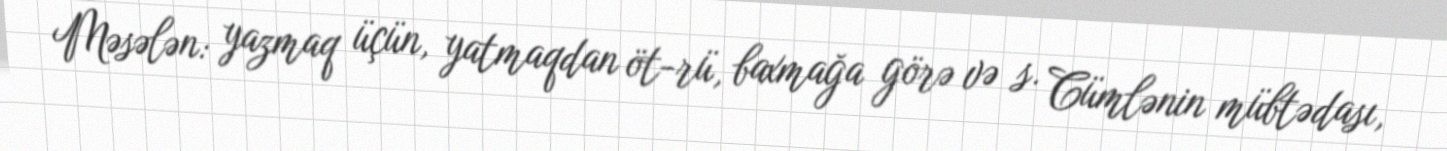
Məsələn: yazmaq üçün, yatmaqdan öt-rü, baxmağa görə və s. Cümlənin mübtədası,